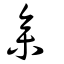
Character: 參